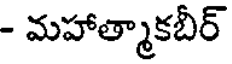
- మహాత్మాకబీర్